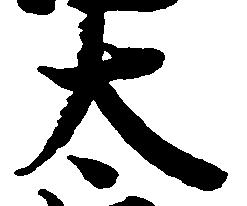
太